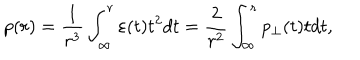
p ( r ) = \frac { 1 } { r ^ { 3 } } \int _ { \infty } ^ { r } { \varepsilon ( t ) t ^ { 2 } d t } = \frac { 2 } { r ^ { 2 } } \int _ { \infty } ^ { r } { p _ { \perp } ( t ) t d t } ,